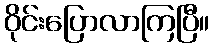
ဝိုင်းပြောလာကြပြီ။